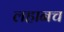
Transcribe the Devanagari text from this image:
लहानच